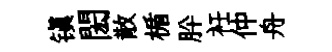
镇閎散楯肸衽仲舟